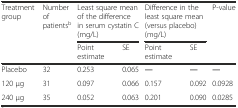
| <ROWSPAN=2> Treatment group | <ROWSPAN=2> Number of patientsb | <COLSPAN=2> Least square mean of the difference in serum cystatin C (mg/L) | <COLSPAN=2> Difference in the least square mean (versus placebo) (mg/L) | <ROWSPAN=2> P-value |
 | Point estimate | SE | Point estimate | SE |
 | --- | --- | --- | --- | --- | --- | --- |
 | Placebo | 32 | 0.253 | 0.065 | ― | ― | ― |
 | 120 μg | 31 | 0.097 | 0.066 | 0.157 | 0.092 | 0.0928 |
 | 240 μg | 35 | 0.052 | 0.063 | 0.201 | 0.090 | 0.0285 |